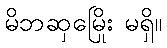
မိဘဆှမြေိုး မရှိ။